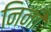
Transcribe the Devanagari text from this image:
निनी